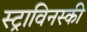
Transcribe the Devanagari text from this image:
स्ट्राविनस्की